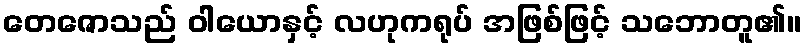
တေဇောသည် ဝါယောနှင့် လဟုကရုပ် အဖြစ်ဖြင့် သဘောတူ၏။